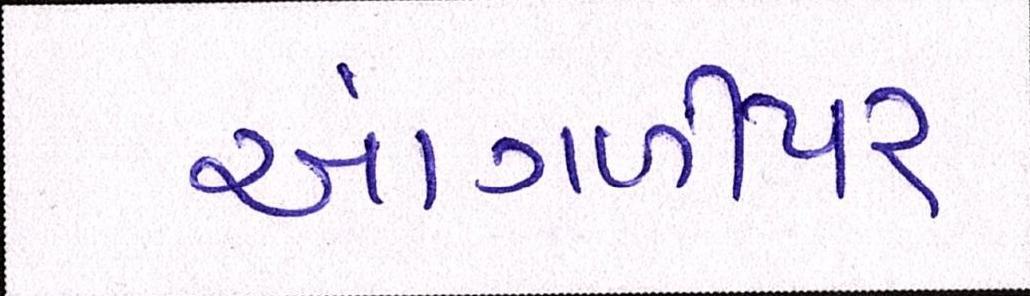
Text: આંગળીપર